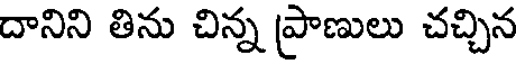
దానిని తిను చిన్న ప్రాణులు చచ్చిన